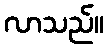
လာသည်။